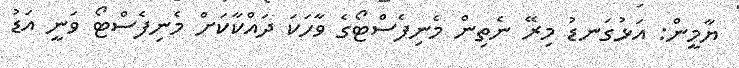
ޔާމީން: އަޅުގަނޑު މިރޭ ނެތިން މެނިފެސްޓޯގެ ވާހަކަ ދައްކާކަށް މެނިފެސްޓޯ ވަނީ އަޑު